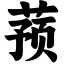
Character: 蓣